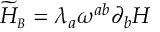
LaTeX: { \widetilde { \cal H } } _ { \scriptscriptstyle B } = \lambda _ { a } \omega ^ { a b } \partial _ { b } H